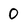
Character: 0